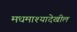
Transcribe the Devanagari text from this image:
मधमाश्यादेखील